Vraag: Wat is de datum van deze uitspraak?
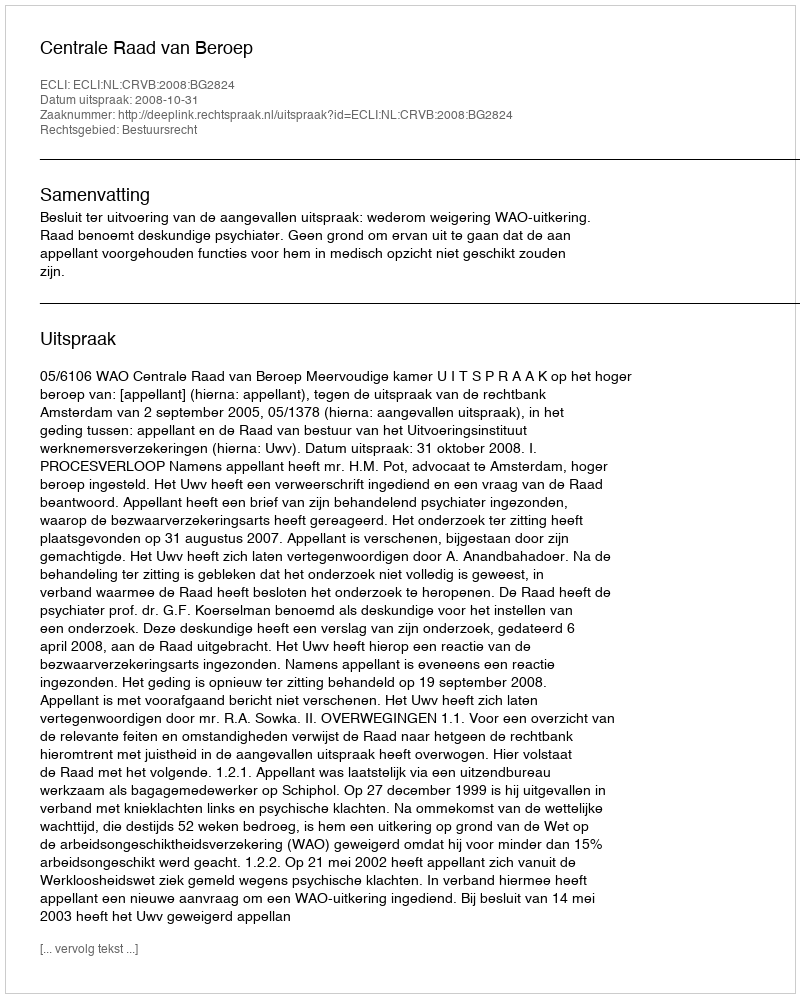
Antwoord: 2008-10-31